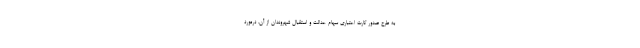
به طرح صدور کارت اعتباری سهام عدالت و استقبال شهروندان از آن، درمورد